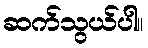
ဆက်သွယ်ပါ။